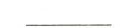
_____